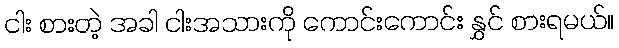
ငါး စားတဲ့ အခါ ငါးအသားကို ကောင်းကောင်း နွှင် စားရမယ်။